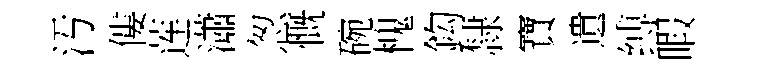
汚僂莲瀟怱慨碗槐鈎隸寶遺缚暇